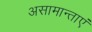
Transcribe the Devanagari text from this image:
असामान्ताएं